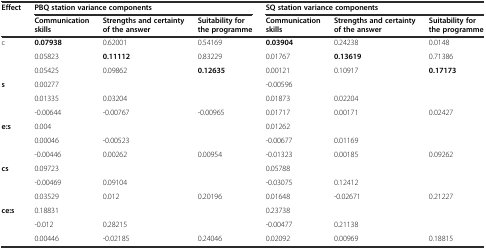
| <ROWSPAN=2> Effect | <COLSPAN=3> PBQ station variance components | <COLSPAN=3> SQ station variance components |
 | Communication skills | Strengths and certainty of the answer | Suitability for the programme | Communication skills | Strengths and certainty of the answer | Suitability for the programme |
 | --- | --- | --- | --- | --- | --- | --- |
 | c | 0.07938 | 0.62001 | 0.54169 | 0.03904 | 0.24238 | 0.0148 |
 |  | 0.05823 | 0.11112 | 0.83229 | 0.01767 | 0.13619 | 0.71386 |
 |  | 0.05425 | 0.09862 | 0.12635 | 0.00121 | 0.10917 | 0.17173 |
 | s | 0.00277 |  |  | -0.00596 |  |  |
 |  | 0.01335 | 0.03204 |  | 0.01873 | 0.02204 |  |
 |  | -0.00644 | -0.00767 | -0.00965 | 0.01717 | 0.00171 | 0.02427 |
 | e:s | 0.004 |  |  | 0.01262 |  |  |
 |  | 0.00046 | -0.00523 |  | -0.00677 | 0.01169 |  |
 |  | -0.00446 | 0.00262 | 0.00954 | -0.01323 | 0.00185 | 0.09262 |
 | cs | 0.09723 |  |  | 0.05788 |  |  |
 |  | -0.00469 | 0.09104 |  | -0.03075 | 0.12412 |  |
 |  | 0.03529 | 0.012 | 0.20196 | 0.01648 | -0.02671 | 0.21227 |
 | ce:s | 0.18831 |  |  | 0.23738 |  |  |
 |  | -0.012 | 0.28215 |  | -0.00477 | 0.21138 |  |
 |  | 0.00446 | -0.02185 | 0.24046 | 0.02092 | 0.00969 | 0.18815 |